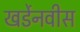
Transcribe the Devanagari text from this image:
खर्डेनवीस